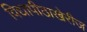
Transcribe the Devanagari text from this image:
विद्यापीठाखेरीज